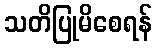
သတိပြုမိစေရန်